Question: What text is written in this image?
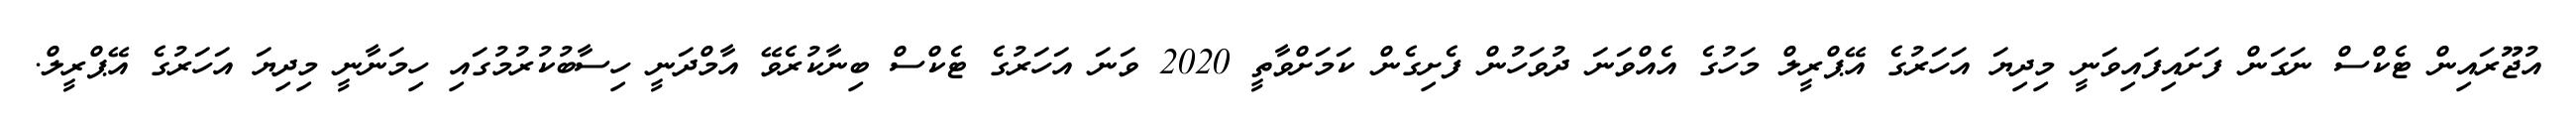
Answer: އުޖޫރައިން ޓެކްސް ނަގަން ފަށައިފައިވަނީ މިދިޔަ އަހަރުގެ އޭޕްރީލް މަހުގެ އެއްވަނަ ދުވަހުން ފެށިގެން ކަމަށްވާތީ 2020 ވަނަ އަހަރުގެ ޓެކްސް ބިނާކުރެވޭ އާމްދަނީ ހިސާބުކުރުމުގައި ހިމަނާނީ މިދިޔަ އަހަރުގެ އޭޕްރީލް.